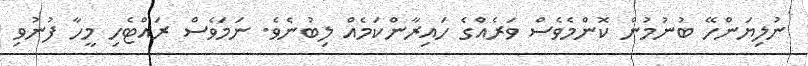
ނުލިޔަންހޭ ބުނުމުން ކޮންމެވެސް ވަރެއްގެ ހައިރާންކަމެއް ލިބުނެވެ. ނަމަވެސް ރައްޓެހި މީހާ ފުނުވި